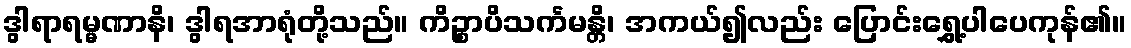
ဒွါရာရမ္မဏာနိ၊ ဒွါရအာရုံတို့သည်။ ကိဉ္စာပိသင်္ကမန္တိ၊ အကယ်၍လည်း ပြောင်းရွှေ့ပါပေကုန်၏။